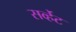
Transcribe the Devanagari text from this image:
सर्व्हेट